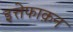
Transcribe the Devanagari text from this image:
इत्तेफाक़न